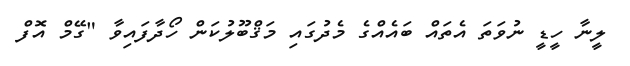
ލީނާ ހީޑީ ނުވަތަ އެތައް ބައެއްގެ މެދުގައި މަޤްބޫލުކަން ހޯދާފައިވާ "ގޭމް އޮފް